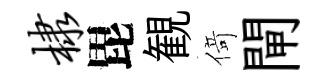
棣毘観𠋣閘